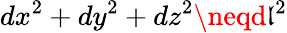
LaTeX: dx^{2}+dy^{2}+dz^{2}\neqd\mathfrak{l}^{2}